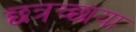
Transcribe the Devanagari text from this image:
छत्रच्छाया